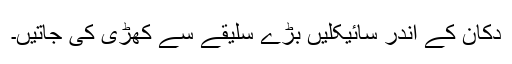
دکان کے اندر سائیکلیں بڑے سلیقے سے کھڑی کی جاتیں۔